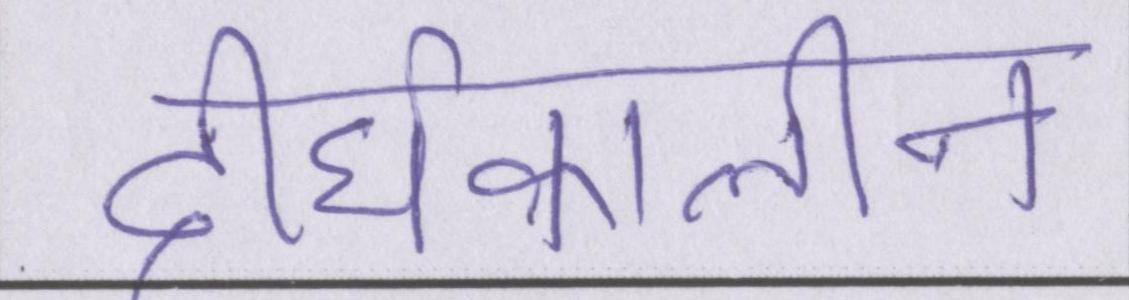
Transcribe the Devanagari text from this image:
दीर्घकालीन